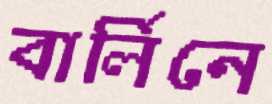
বার্লিনে